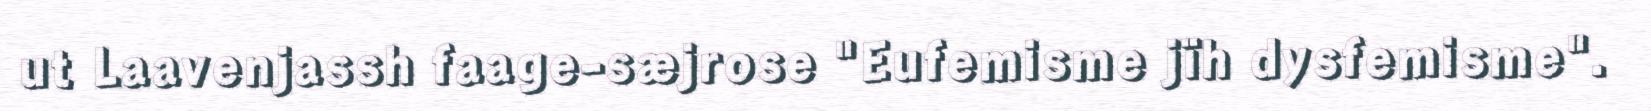
ut Laavenjassh faage-sæjrose "Eufemisme jïh dysfemisme".